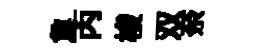
夐丙梭双奈